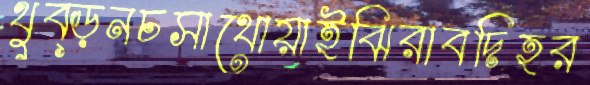
থুব্‌ড়নচসাথোয়াইঝিরাবদিহর